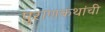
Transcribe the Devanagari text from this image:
पुराणकथांची